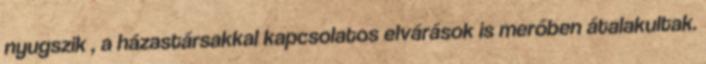
nyugszik , a házastársakkal kapcsolatos elvárások is merőben átalakultak.